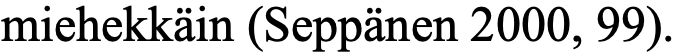
miehekkäin (Seppänen 2000, 99).